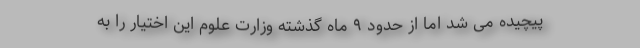
پیچیده می شد اما از حدود ۹ ماه گذشته وزارت علوم این اختیار را به